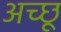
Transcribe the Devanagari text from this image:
अच्छू